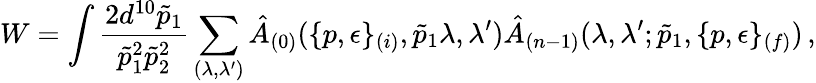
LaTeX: W=\int\frac{2d^{10}\tilde{p}_{1}}{\tilde{p}_{1}^{2}\tilde{p}_{2}^{2}}\sum_{(\lambda,\lambda^{\prime})}\hat{A}_{(0)}(\{ p,\epsilon\} _{(i)},\tilde{p}_{1}\lambda,\lambda^{\prime})\hat{A}_{(n-1)}(\lambda,\lambda^{\prime};\tilde{p}_{1},\{ p,\epsilon\} _{(f)})\, ,